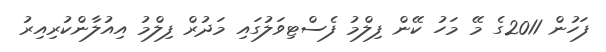
ފަހުން 2011ގެ މޭ މަހު ކޭން ފިލްމު ފެސްޓިވަލުގައި މަދުރް ފިލްމު އިއުލާންކުރިއިރު